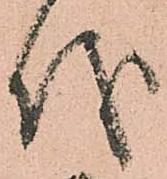
儀